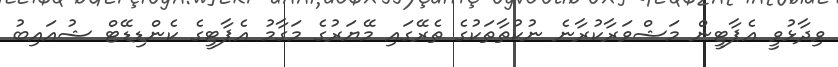
ވިދާޅުވީ އެޕާޓީން މަޝްވަރާކުރާނެ ނުކުތާތަކުގެ ތެރޭގައި މޭޔަރުގެ މަގާމު އެޕާޓީގެ ކެންޑިޑޭޓް ޝުއައިބު